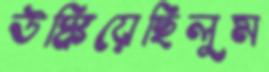
উস্‌কিয়েছিলুম